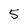
Character: 5